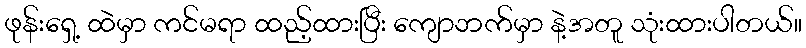
ဖုန်းရှေ့ ထဲမှာ ကင်မရာ ထည့်ထားပြီး ကျောဘက်မှာ နဲ့အတူ သုံးထားပါတယ်။